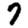
Digit: 7